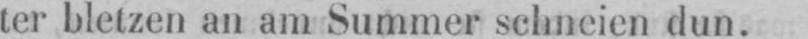
ter bletzen an am Summer schneien dun.